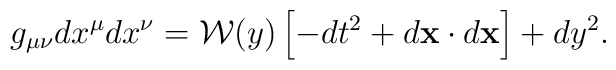
g_{\mu\nu}dx^{\mu}dx^{\nu}={\cal W}(y)\left[-dt^2+d{\bf x}\cdot d{\bf x}\right]+dy^2.